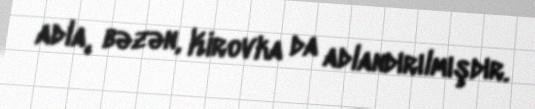
adla, bəzən, Kirovka da adlandırılmışdır.